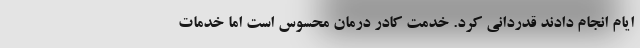
ایام انجام دادند قدردانی کرد. خدمت کادر درمان محسوس است اما خدمات